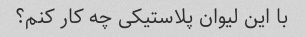
با این لیوان پلاستیکی چه کار کنم؟